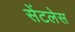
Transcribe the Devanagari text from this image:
सेंटलेस